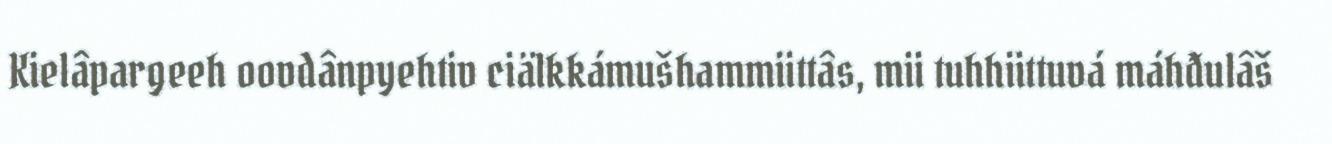
Kielâpargeeh oovdânpyehtiv ciälkkámušhammiittâs, mii tuhhiittuvá máhđulâš